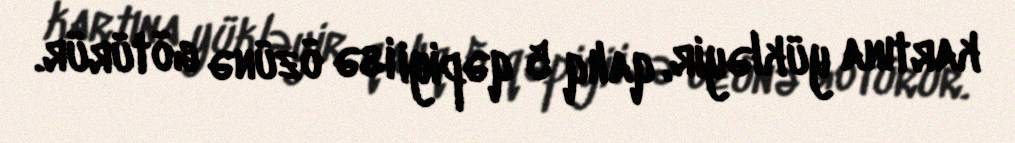
kartına yükləyir, qalıq 5 qəpiyi isə özünə götürür.